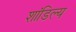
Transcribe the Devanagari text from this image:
शांडिल्‍य